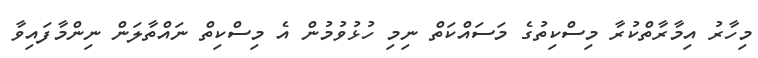
މިހާރު އިމާރާތްކުރާ މިސްކިތުގެ މަސައްކަތް ނިމި ހުޅުވުމުން އެ މިސްކިތް ނައްތާލަން ނިންމާފައިވާ